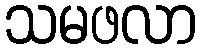
သမဖလာ